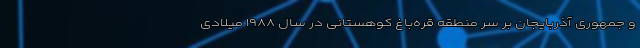
و جمهوری آذربایجان بر سر منطقه قره‌باغ کوهستانی در سال ۱۹۸۸ میلادی